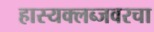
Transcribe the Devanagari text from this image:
हास्यक्लब्जवरचा